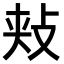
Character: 𪯋